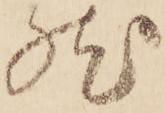
燃